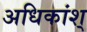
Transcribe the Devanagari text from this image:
अधिकांश्